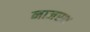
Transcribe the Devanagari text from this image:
नाजरथ